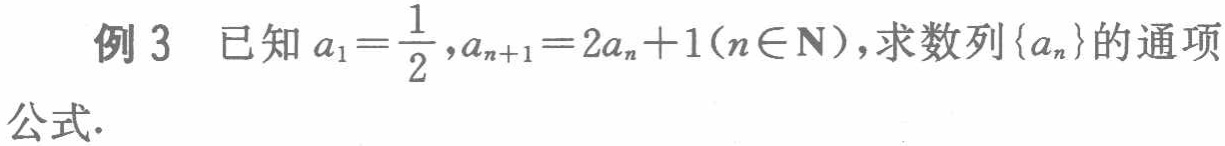
例 3 已知 \(a_{1}=\frac{1}{2},a_{n + 1}=2a_{n}+1(n\in\mathbf{N})\)，求数列\(\{a_{n}\}\)的通项公式.